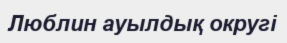
Люблин ауылдық округі